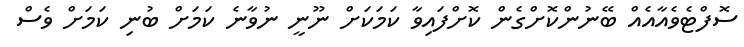
ސޮފްޓެވެއާއެއް ބޭނުންކޮށްގެން ކޮށްފައިވާ ކަމަކަށް ނޫނީ ނުވާނެ ކަމަށް ބުނި ކަމަށް ވެސް